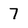
Character: 7